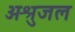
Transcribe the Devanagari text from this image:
अश्रुजल